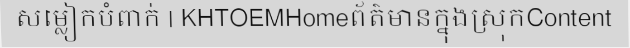
សម្លៀកបំពាក់ | KHTOEMHomeព័ត៌មានក្នុងស្រុកContent